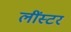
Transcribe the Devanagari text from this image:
लींस्टर